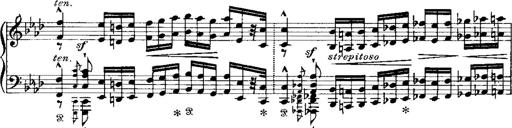
Title: Miserere du Trovatore
Composer: Franz Liszt